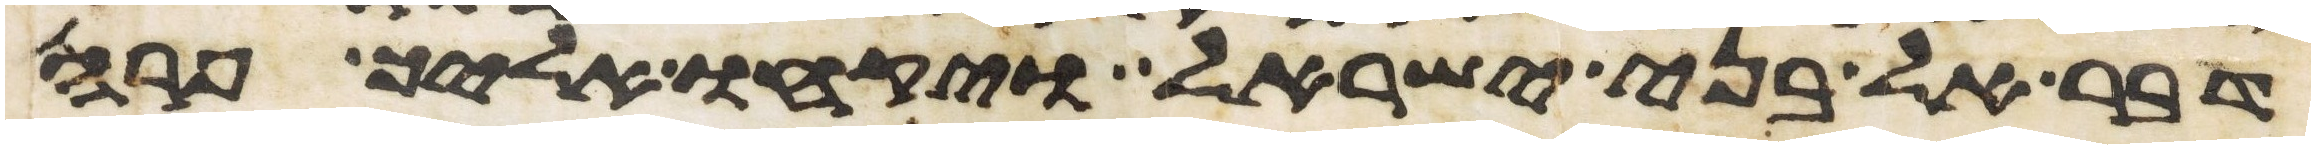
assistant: דבר אל בני ישראל ויקחו אליך פרה